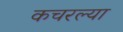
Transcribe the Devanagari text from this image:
कचरल्या